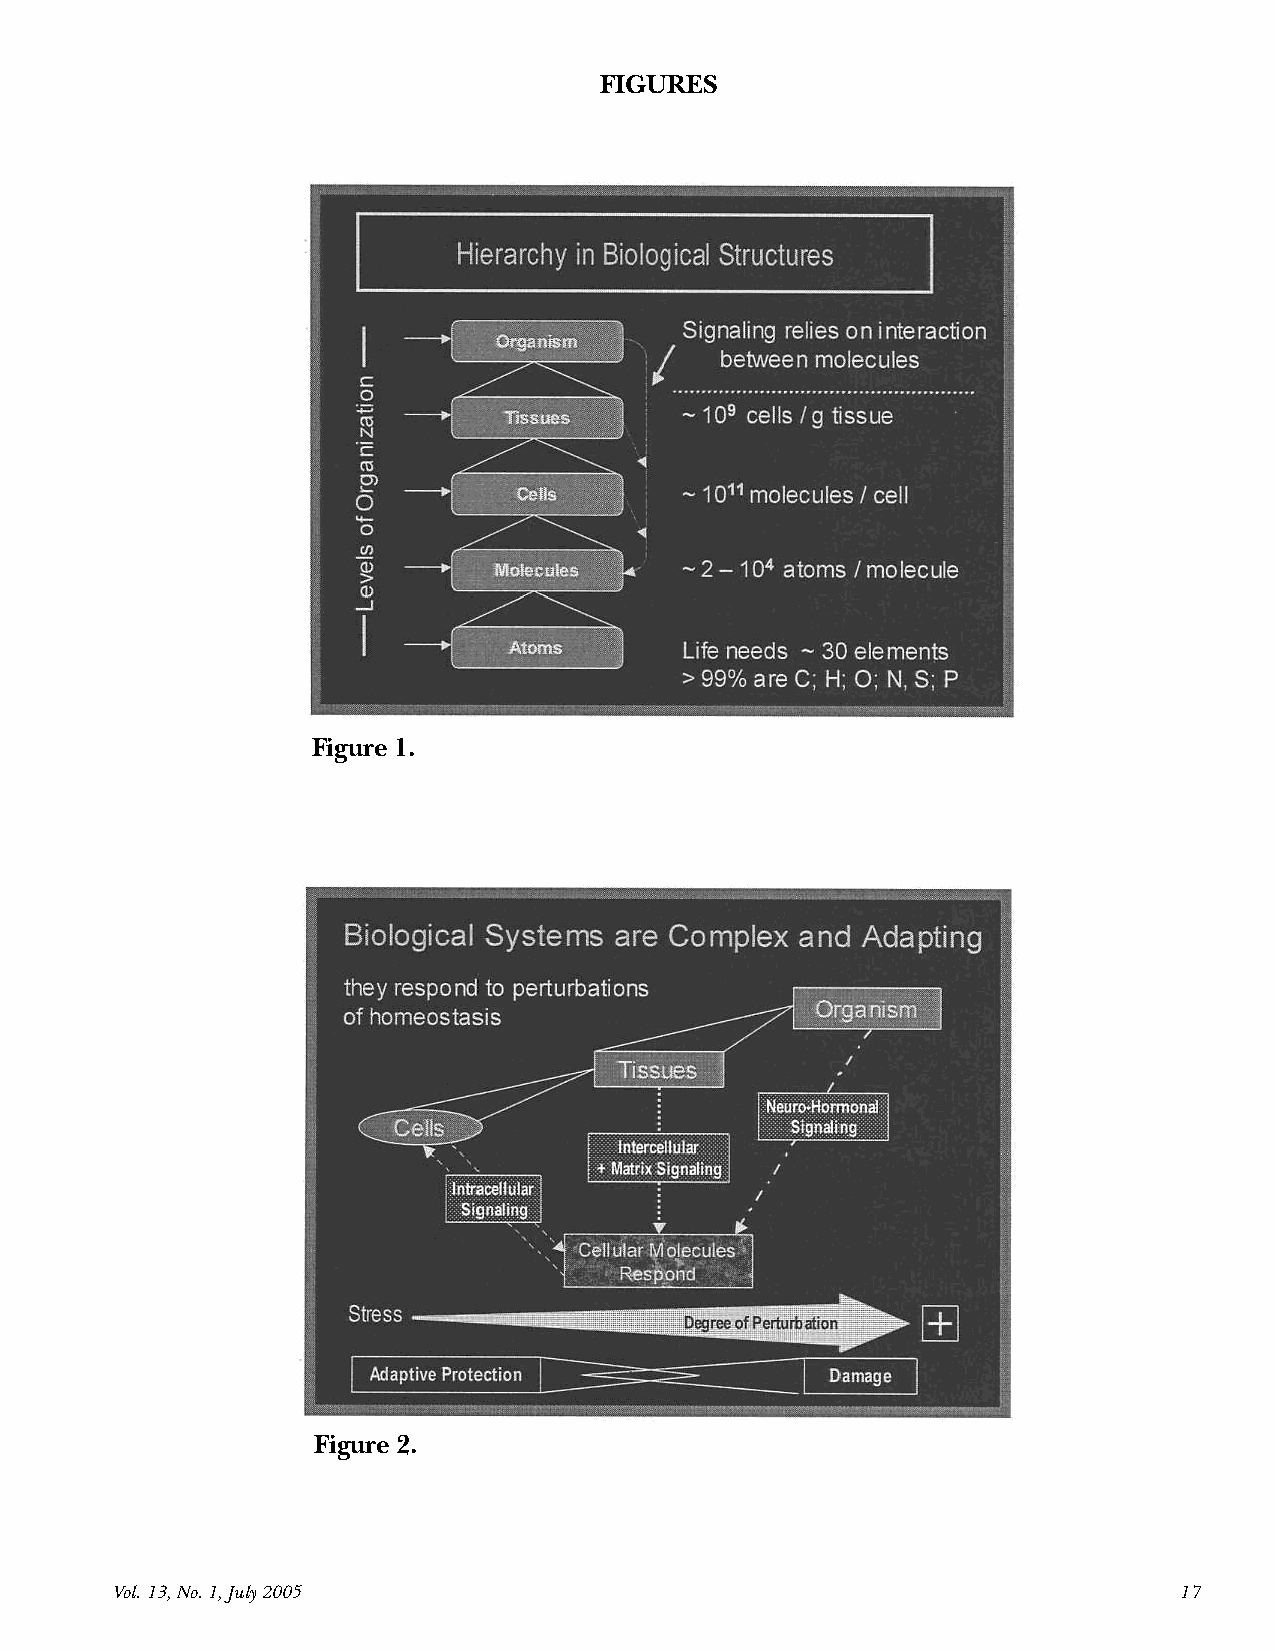
FIGURES
 Figure 1.
 Figure 2.
 Vol. 13, No. 1, July 2005                                              17